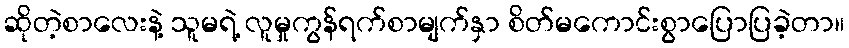
ဆိုတဲ့စာလေးနဲ့ သူမရဲ့ လူမှုကွန်ရက်စာမျက်နှာ စိတ်မကောင်းစွာပြောပြခဲ့တာ။